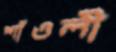
শাঁওলী